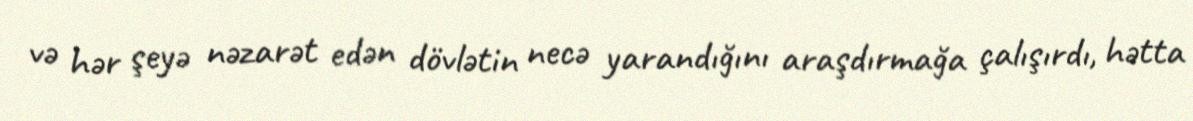
və hər şeyə nəzarət edən dövlətin necə yarandığını araşdırmağa çalışırdı, hətta